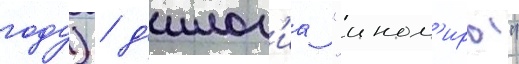
году) / д'илог'иа "ином'иры"